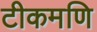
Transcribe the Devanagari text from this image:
टीकमणि